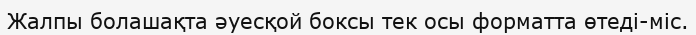
Жалпы болашақта әуесқой боксы тек осы форматта өтеді-міс.